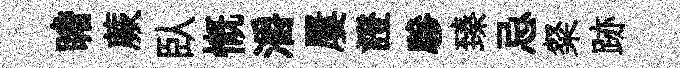
瞻蕨臥慨灂屢證驂臻忌粲跡